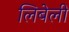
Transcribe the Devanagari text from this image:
लिबेली